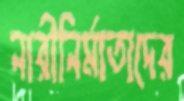
নারীনির্মাতাদের